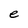
Character: e